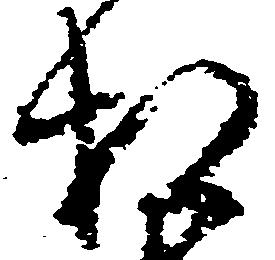
相